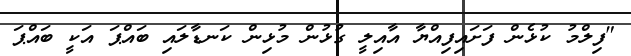
"ފިލްމު ކުޅެން ފަށައިފިއްޔާ އާއިލީ ގުޅުން މުޅިން ކަނޑާލައި ބައްޕަ އަކީ ބައްޕަ